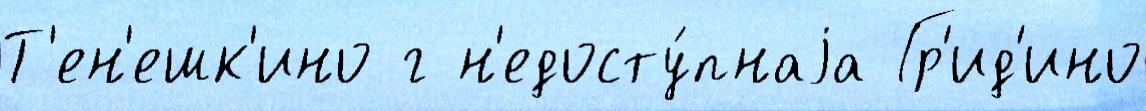
Т'ен'ешк'ино г н'едосту́пнаjа Гр'ид'ино